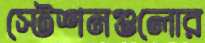
স্টেশনগুলোর